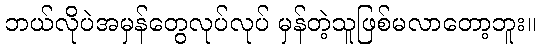
ဘယ်လိုပဲအမှန်တွေလုပ်လုပ် မှန်တဲ့သူဖြစ်မလာတော့ဘူး။